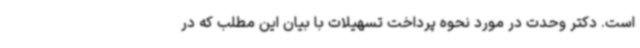
است. دکتر وحدت در مورد نحوه پرداخت تسهیلات با بیان این مطلب که در